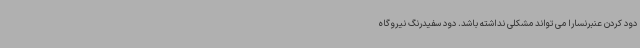
دود کردن عنبرنسارا می تواند مشکلی نداشته باشد. دود سفیدرنگ نیروگاه